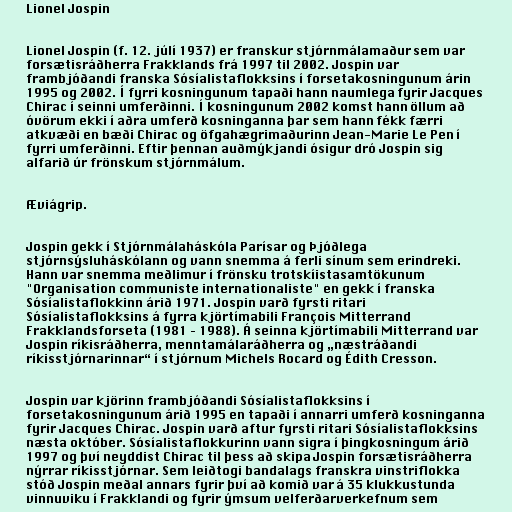
Lionel Jospin

Lionel Jospin (f. 12. júlí 1937) er franskur stjórnmálamaður sem var
forsætisráðherra Frakklands frá 1997 til 2002. Jospin var
frambjóðandi franska Sósíalistaflokksins í forsetakosningunum árin
1995 og 2002. Í fyrri kosningunum tapaði hann naumlega fyrir Jacques
Chirac í seinni umferðinni. Í kosningunum 2002 komst hann öllum að
óvörum ekki í aðra umferð kosninganna þar sem hann fékk færri
atkvæði en bæði Chirac og öfgahægrimaðurinn Jean-Marie Le Pen í
fyrri umferðinni. Eftir þennan auðmýkjandi ósigur dró Jospin sig
alfarið úr frönskum stjórnmálum.

Æviágrip.

Jospin gekk í Stjórnmálaháskóla Parísar og Þjóðlega
stjórnsýsluháskólann og vann snemma á ferli sínum sem erindreki.
Hann var snemma meðlimur í frönsku trotskíistasamtökunum
"Organisation communiste internationaliste" en gekk í franska
Sósíalistaflokkinn árið 1971. Jospin varð fyrsti ritari
Sósíalistaflokksins á fyrra kjörtímabili François Mitterrand
Frakklandsforseta (1981 – 1988). Á seinna kjörtímabili Mitterrand var
Jospin ríkisráðherra, menntamálaráðherra og „næstráðandi
ríkisstjórnarinnar“ í stjórnum Michels Rocard og Édith Cresson.

Jospin var kjörinn frambjóðandi Sósíalistaflokksins í
forsetakosningunum árið 1995 en tapaði í annarri umferð kosninganna
fyrir Jacques Chirac. Jospin varð aftur fyrsti ritari Sósíalistaflokksins
næsta október. Sósíalistaflokkurinn vann sigra í þingkosningum árið
1997 og því neyddist Chirac til þess að skipa Jospin forsætisráðherra
nýrrar ríkisstjórnar. Sem leiðtogi bandalags franskra vinstriflokka
stóð Jospin meðal annars fyrir því að komið var á 35 klukkustunda
vinnuviku í Frakklandi og fyrir ýmsum velferðarverkefnum sem